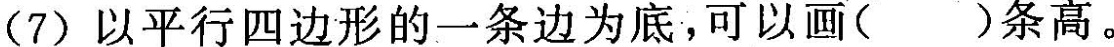
(7)以平行四边形的一条边为底，可以画( )条高。